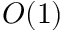
O ( 1 )